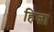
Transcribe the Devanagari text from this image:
हिज्रा